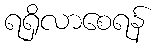
ရရှိလာစေရန်